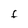
Character: F